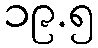
၁၉.၅